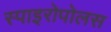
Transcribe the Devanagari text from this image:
स्पाइरोपोलस